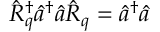
\hat { R } _ { q } ^ { \dagger } \hat { a } ^ { \dagger } \hat { a } \hat { R } _ { q } = \hat { a } ^ { \dagger } \hat { a }